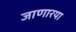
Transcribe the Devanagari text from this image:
जाणारया